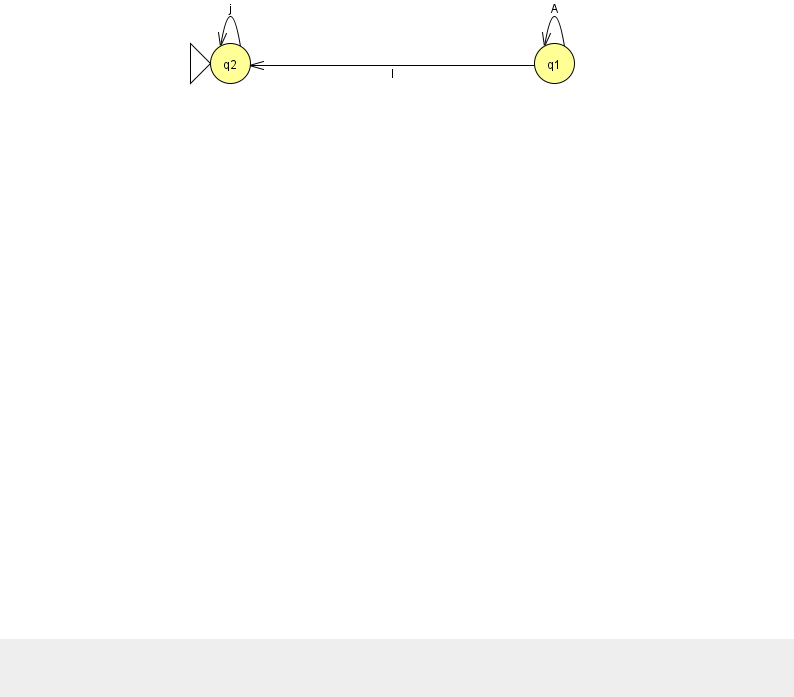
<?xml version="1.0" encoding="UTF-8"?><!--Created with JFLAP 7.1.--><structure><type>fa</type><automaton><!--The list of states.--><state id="1" name="q1"><x>554.0</x><y>50.0</y></state><state id="2" name="q2"><x>230.0</x><y>50.0</y><initial/></state><!--The list of transitions.--><transition><from>1</from><to>1</to><read>A</read></transition><transition><from>1</from><to>2</to><read>l</read></transition><transition><from>2</from><to>2</to><read>j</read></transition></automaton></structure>